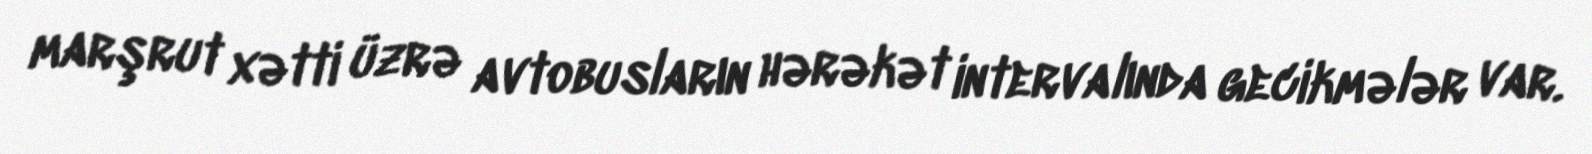
marşrut xətti üzrə avtobusların hərəkət intervalında gecikmələr var.